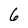
Character: 6